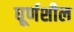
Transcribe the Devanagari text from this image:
घूर्णशील